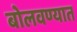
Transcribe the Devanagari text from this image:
बोलवण्यात